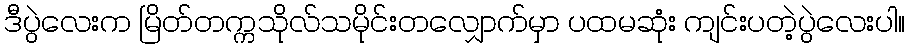
ဒီပွဲလေးက မြိတ်တက္ကသိုလ်သမိုင်းတလျှောက်မှာ ပထမဆုံး ကျင်းပတဲ့ပွဲလေးပါ။